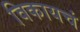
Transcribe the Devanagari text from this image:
विकायचं